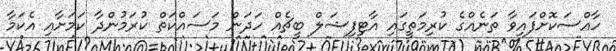
ހާއްސަކޮށްފައިވާ ތަނެއްގެ ކުރިމަތީގައި އާޓިފިޝަލް ބީޗެއް ހަދަން މަސައްކަތް ކުރަމުންދާ ކަމަށާއި އެކަމާ